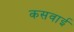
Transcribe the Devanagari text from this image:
कसवाई